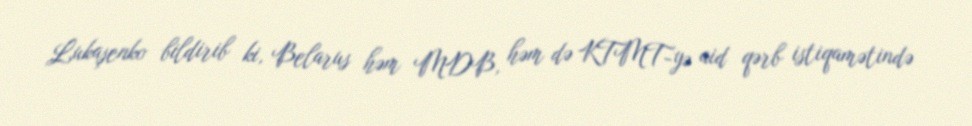
Lukaşenko bildirib ki, Belarus həm MDB, həm də KTMT-yə aid qərb istiqamətində